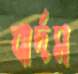
বার্দস